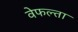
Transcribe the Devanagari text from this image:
वेफल्ता